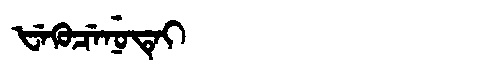
Manchu: ᡶᡝᡴᡠᠴᡝᠨᡠᡨᡝᡳ
Romanization: FEKUCENUTEI